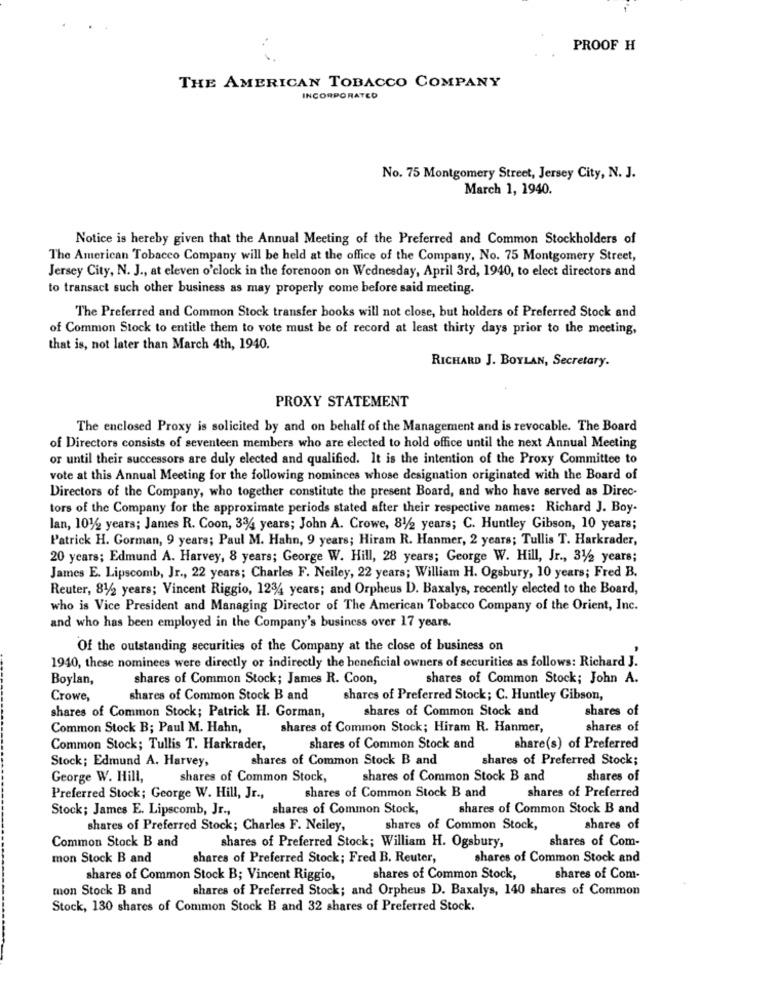
PROOF H
THE AMERICAN TOBACCO COMPANY
INCORPORATED
No. 75 Montgomery Street, Jersey City, N. J.
March 1, 1940.
Notice is hereby given that the Annual Meeting of the Preferred and Common Stockholders of
The American Tobacco Company will be held at the office of the Company, No. 75 Montgomery Street,
Jersey City, N. J ., at eleven o'clock in the forenoon on Wednesday, April 3rd, 1940, to elect directors and
to transact such other business as may properly come before said meeting.
The Preferred and Common Stock transfer books will not close, but holders of Preferred Stock and
of Common Stock to entitle them to vote must be of record at least thirty days prior to the meeting,
that is, not later than March 4th, 1940.
RICHARD J. BOYLAN, Secretary.
PROXY STATEMENT
The enclosed Proxy is solicited by and on behalf of the Management and is revocable. The Board
of Directors consists of seventeen members who are elected to hold office until the next Annual Meeting
or until their successors are duly elected and qualified. It is the intention of the Proxy Committee to
vote at this Annual Meeting for the following nominces whose designation originated with the Board of
Directors of the Company, who together constitute the present Board, and who have served as Direc-
tors of the Company for the approximate periods stated after their respective names: Richard J. Boy-
lan, 101/2 years; James R. Coon, 334 years; John A. Crowe, 81/2 years; C. Huntley Gibson, 10 years;
Patrick H. Gorman, 9 years; Paul M. Hahn, 9 years; Hiram R. Hanmer, 2 years; Tullis T. Harkrader,
20 years; Edmund A. Harvey, 8 years; George W. Hill, 28 years; George W. Hill, Jr ., 31/2 years;
James E. Lipscomb, Jr ., 22 years; Charles F. Neiley, 22 years; William H. Ogsbury, 10 years; Fred B.
Reuter, 81/2 years; Vincent Riggio, 1234 years; and Orpheus D. Baxalys, recently elected to the Board,
who is Vice President and Managing Director of The American Tobacco Company of the Orient, Inc.
and who has been employed in the Company's business over 17 years.
Of the outstanding securities of the Company at the close of business on
1940, these nominees were directly or indirectly the beneficial owners of securities as follows: Richard J.
Boylan,
shares of Common Stock; James R. Coon,
shares of Common Stock; John A.
Crowe,
shares of Common Stock B and
shares of Preferred Stock; C. Huntley Gibson,
shares of Common Stock; Patrick H. Gorman,
shares of Common Stock and
shares of
Common Stock B; Paul M. Hahn,
shares of Common Stock; Hiram R. Hanmer,
shares of
Common Stock; Tullis T. Harkrader,
shares of Common Stock and
share(s) of Preferred
Stock; Edmund A. Harvey,
shares of Common Stock B and
shares of Preferred Stock;
George W. Hill,
shares of Common Stock,
shares of Common Stock B and
shares of
shares of Common Stock B and
Preferred Stock; George W. Hill, Jr .,
shares of Preferred
Stock; James E. Lipscomb, Jr .,
shares of Common Stock,
shares of Common Stock B and
shares of Preferred Stock; Charles F. Neiley,
shares of Common Stock,
shares of
Common Stock B and
shares of Preferred Stock; William H. Ogsbury,
shares of Com-
mon Stock B and
shares of Preferred Stock; Fred B. Reuter,
shares of Common Stock and
shares of Common Stock B; Vincent Riggio,
shares of Common Stock,
shares of Com.
mon Stock B and
shares of Preferred Stock; and Orpheus D. Baxalys, 140 shares of Common
Stock, 130 shares of Common Stock B and 32 shares of Preferred Stock.